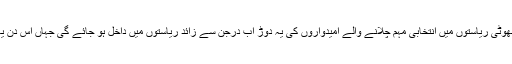
فروری میں ووٹ ڈالنے والی چار چھوٹی ریاستوں میں انتخابی مہم چلانے والے امیدواروں کی یہ دوڑ اب درجن سے زائد ریاستوں میں داخل ہو جائے گی جہاں اس دن یعنی منگل کو ووٹ ڈالے جائیں گے۔